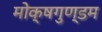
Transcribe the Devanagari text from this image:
मोक्षगुण्डम